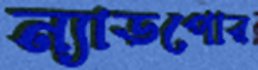
ন্যাডপোর